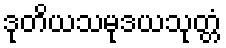
ဒုတိယသမုဒယသုတ္တံ